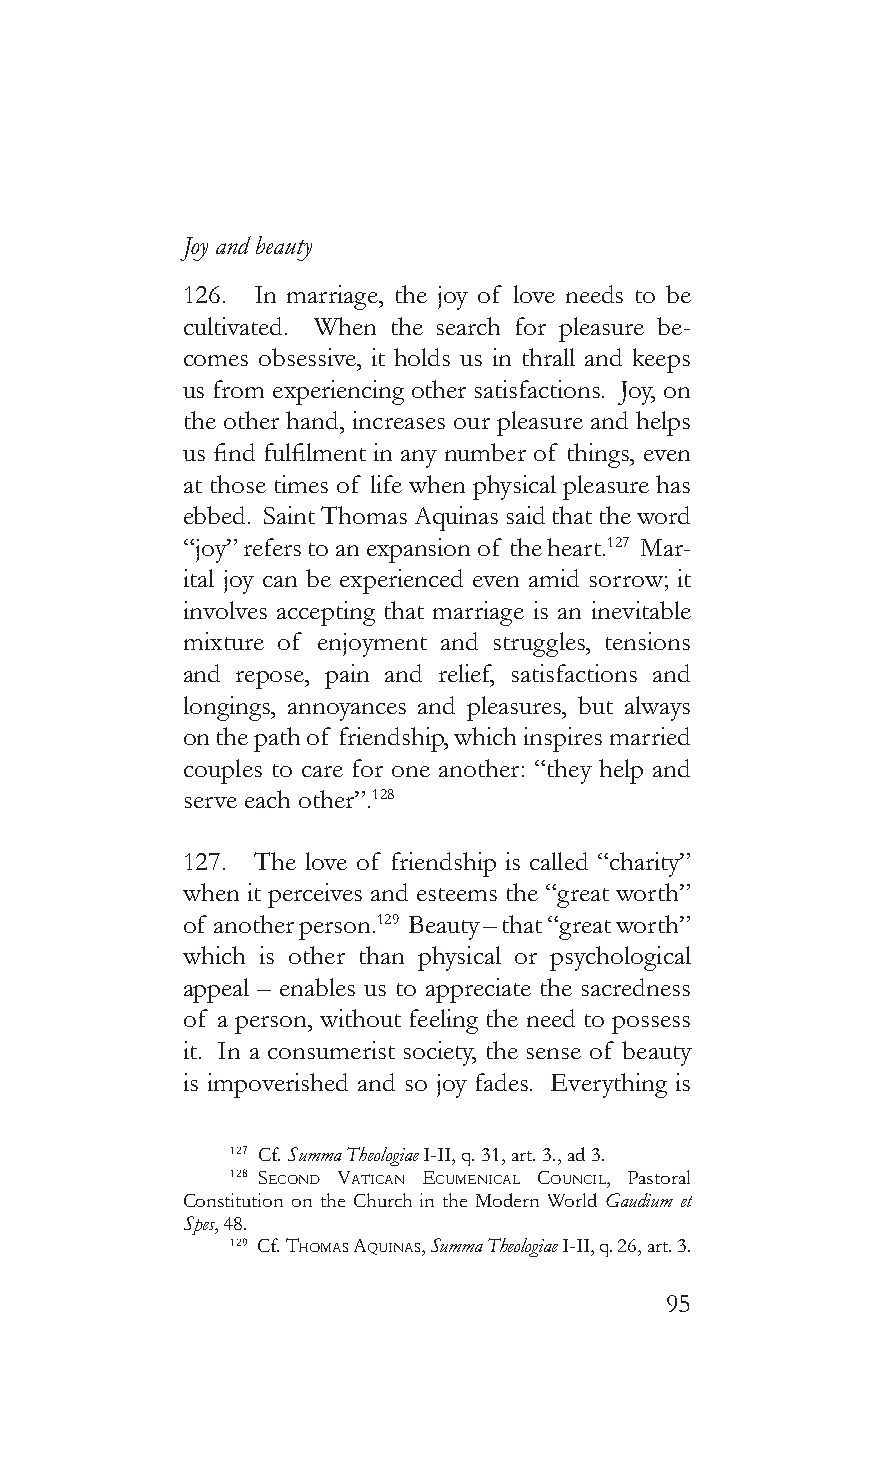
Joy and beauty
 126. In marriage, the joy of love needs to be
 cultivated. When the search for pleasure be-
 comes obsessive, it holds us in thrall and keeps
 us from experiencing other satisfactions. Joy, on
 the other hand, increases our pleasure and helps
 us find fulfilment in any number of things, even
 at those times of life when physical pleasure has
 ebbed. Saint Thomas Aquinas said that the word
 “joy” refers to an expansion of the heart.127 Mar-
 ital joy can be experienced even amid sorrow; it
 involves accepting that marriage is an inevitable
 mixture of enjoyment and struggles, tensions
 and repose, pain and relief, satisfactions and
 longings, annoyances and pleasures, but always
 on the path of friendship, which inspires married
 couples to care for one another: “they help and
 serve each other”.128
 127. The love of friendship is called “charity”
 when it perceives and esteems the “great worth”
 of another person.129 Beauty – that “great worth”
 which is other than physical or psychological
 appeal – enables us to appreciate the sacredness
 of a person, without feeling the need to possess
 it. In a consumerist society, the sense of beauty
 is impoverished and so joy fades. Everything is
 127 Cf. Summa Theologiae I-II, q. 31, art. 3., ad 3.
 128 second vaTican ecumenicaL counciL, Pastoral
 Constitution on the Church in the Modern World Gaudium et
 Spes, 48.
 129 Cf. Thomas aquinas, Summa Theologiae I-II, q. 26, art. 3.
 95